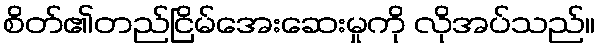
စိတ်၏တည်ငြိမ်အေးဆေးမှုကို လိုအပ်သည်။